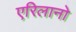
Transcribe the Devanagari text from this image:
एरिलानो